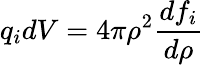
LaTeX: q_{i}dV=4\pi\rho^{2}\frac{df_{i}}{d\rho}